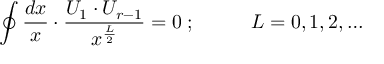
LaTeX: \oint \frac { d x } { x } \cdot \frac { U _ { 1 } \cdot U _ { r - 1 } } { x ^ { \frac { L } { 2 } } } = 0 \; ; \; \; \; \; \; \; \; \; \; \; L = 0 , 1 , 2 , \ldots